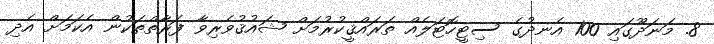
8. މަނަދޫގައި 100 އެނދުގެ ސިޓީހޮޓަލެއް ތަރައްޤީކުރުމަށް ޝައުޤުވެރިވާ ފަރާތްތަކުން އެކަމަށް އެދި